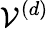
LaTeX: \mathcal V^{(d)}